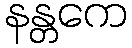
နန္တကေ